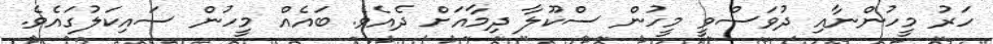
ހަރު މީހުންނާއި ދުވަސްވީ މީހުން ސްކޫލާ ދިމާއަށް ދެއެވެ. ބައެއް މީހުން ސައިކަލުގައެވެ.